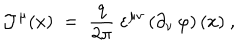
{ \mathcal J } ^ { \mu } ( x ) \; = \; \frac { q } { 2 \pi } ~ \varepsilon ^ { \mu \nu } \left( \partial _ { \nu } \, \varphi \right) ( x ) ~ ,